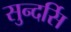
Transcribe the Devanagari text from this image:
सुन्दर्सि